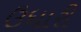
ઉધારી